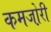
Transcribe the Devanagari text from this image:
कमजो़री